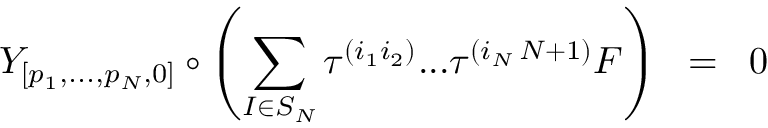
{ \cal { Y } } _ { [ p _ { 1 } , . . . , p _ { N } , 0 ] } \circ \left( \sum _ { I \in S _ { N } } \tau ^ { ( i _ { 1 } i _ { 2 } ) } . . . \tau ^ { ( i _ { N } \, N + 1 ) } F \right) \; \; = \; \; 0